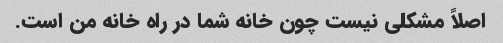
اصلاً مشکلی نیست چون خانه شما در راه خانه من است.